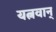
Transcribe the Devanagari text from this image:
यत्नवान्